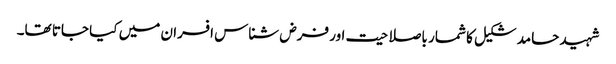
شہید حامد شکیل کا شمار باصلاحیت اور فرض شناس افسران میں کیا جاتا تھا۔